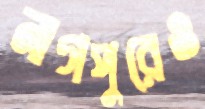
নাগপুরেও